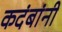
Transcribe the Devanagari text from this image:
कदंबांनी